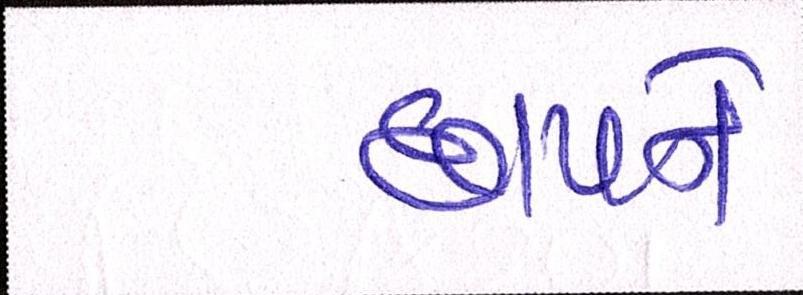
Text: છાપને